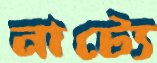
নাট্যে